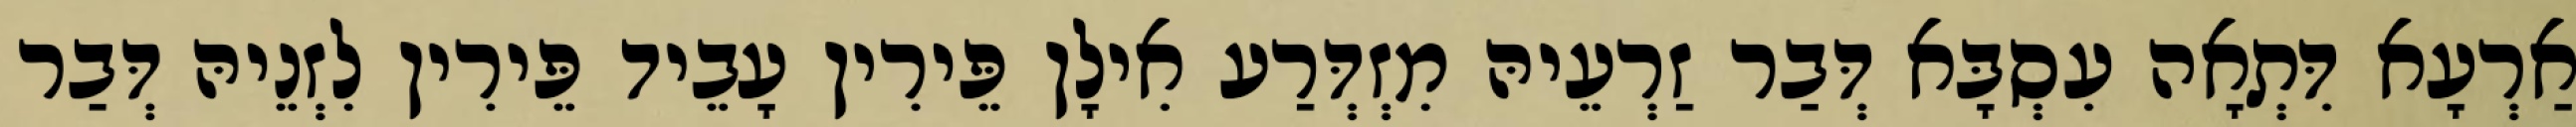
אַרְעָא דִּתְאָה עִסְבָּא דְּבַר זַרְעֵיהּ מִזְדְּרַע אִילָן פֵּירִין עָבֵיד פֵּירִין לִזְנֵיהּ דְּבַר